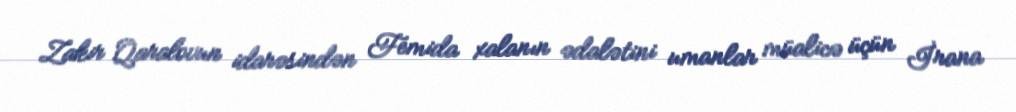
Zakir Qaralovun idarəsindən Femida xalanın ədalətini umanlar müalicə üçün İrana